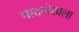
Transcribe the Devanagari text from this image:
पादमेखला